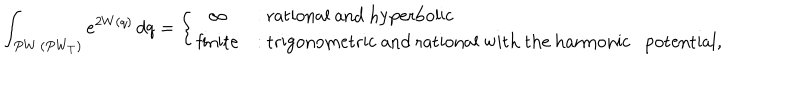
LaTeX: \int _ { P W \, ( P W _ { T } ) } e ^ { 2 W ( q ) } \, d q = \left\{ \begin{array} { c l } { { \infty } } & { { \mathrm { : ~ r a t i o n a l ~ a n d ~ h y p e r b o l i c } } } \\ { { \mathrm { f i n i t e } } } & { { \mathrm { : ~ t r i g o n o m e t r i c ~ a n d ~ r a t i o n a l ~ w i t h ~ t h e ~ h a r m o n i c ~ p o t e n t i a l } , } } \\ \end{array} \right.